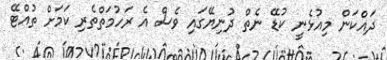
ދައްކަން މިއުޅެނީ ކުޑޭ ނެތް ދުނިޔޭގައި ވެސް އެ ރަހުމަތްތެރި ކަމަށް ތުއްޓޭ